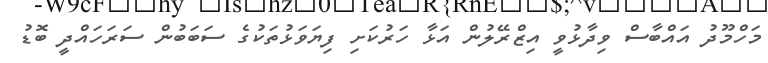
މަހްމޫދު އައްބާސް ވިދާޅުވީ އިޒްރޭލުން އަޅާ ހަރުކަށި ފިޔަވަޅުތަކުގެ ސަބަބުން ސަރަހައްދީ ބޮޑު